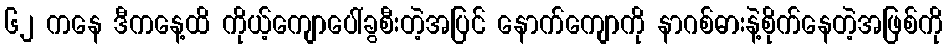
၆၂ ကနေ ဒီကနေ့ထိ ကိုယ့်ကျောပေါ်ခွစီးတဲ့အပြင် နောက်ကျောကို နာဂစ်ဓားနဲ့စိုက်နေတဲ့အဖြစ်ကို